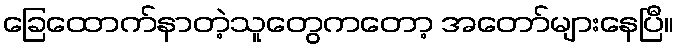
ခြေထောက်နာတဲ့သူတွေကတော့ အတော်များနေပြီ။